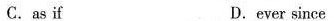
C.as if D.ever since